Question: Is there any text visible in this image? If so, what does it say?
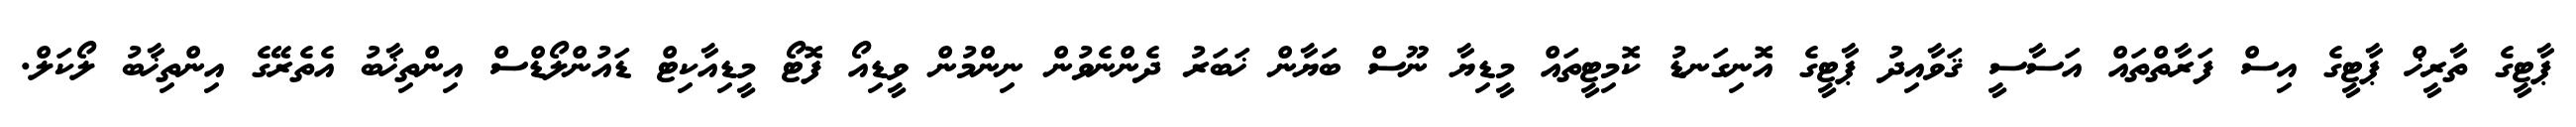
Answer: ޕާޓީގެ ތާރީޚް ޕާޓީގެ އިސް ފަރާތްތައް އަސާސީ ޤަވާއިދު ޕާޓީގެ އޮނިގަނޑު ކޮމިޓީތައް މީޑިޔާ ނޫސް ބަޔާން ޚަބަރު ދެންނެވުން ނިންމުން ވީޑިއޯ ފޮޓޯ މީޑިއާކިޓް ޑައުންލޯޑްސް އިންތިޚާބު އެތެރޭގެ އިންތިޚާބު ލޯކަލް.